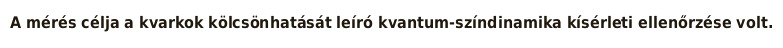
A mérés célja a kvarkok kölcsönhatását leíró kvantum-színdinamika kísérleti ellenőrzése volt.